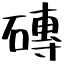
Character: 磚